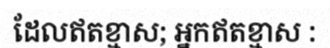
ដែលឥតខ្មាស; អ្នកឥតខ្មាស :